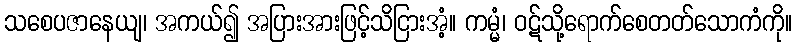
သစေပဇာနေယျ၊ အကယ်၍ အပြားအားဖြင့်သိငြားအံ့။ ကမ္မံ၊ ဝဋ်သို့ရောက်စေတတ်သောကံကို။